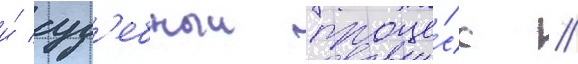
и́ суд'ебныи проце́сс //